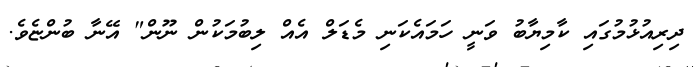
ދިރިއުޅުމުގައި ކާމިޔާބު ވަނީ ހަމައެކަނި މެޑަލް އެއް ލިބުމަކުން ނޫން" އޭނާ ބުންޏެވެ.